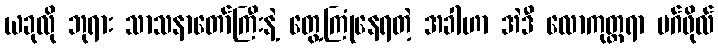
ယခုလို ဘုရား သာသနာတော်ကြီးနဲ့ တွေ့ကြုံနေရတဲ့ အခါဟာ အဲဒီ လောကုတ္တရာ မဂ်ဖိုလ်